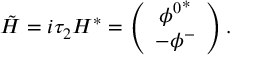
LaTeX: \tilde { H } = i \tau _ { 2 } H ^ { * } = \left( \begin{array} { c } { { { \phi ^ { 0 } } ^ { * } } } \\ { { - \phi ^ { - } } } \end{array} \right) .